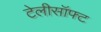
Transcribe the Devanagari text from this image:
टेलीसॉफ्ट